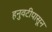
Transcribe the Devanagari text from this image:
हनुवटीपासून